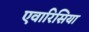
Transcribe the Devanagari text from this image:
एवारिसिया